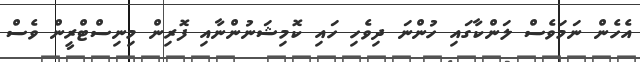
އެހެން ނަމަވެސް ލަންކާގައި ހުންނަ ދިވެހި ހައި ކޮމިޝަނުންނާއި ފޮރިން މިނިސްޓްރީން ވެސް